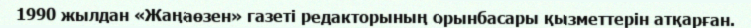
1990 жылдан «Жаңаөзен» газеті редакторының орынбасары қызметтерін атқарған.